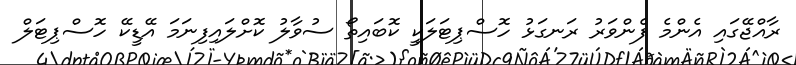
ރާއްޖޭގައި އެންމެ ފެންވަރު ރަނގަޅު ހޮސްޕިޓަލަކީ ކޮބައިތޯ ސުވާލު ކޮށްލައިފިނަމަ އޭޑީކޭ ހޮސްޕިޓަލް